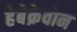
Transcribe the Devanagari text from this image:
हेबेक्रेवोन